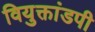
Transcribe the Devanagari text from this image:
वियुक्तांडपी